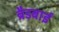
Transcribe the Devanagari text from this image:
ब्रैडबाई